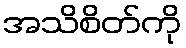
အသိစိတ်ကို